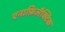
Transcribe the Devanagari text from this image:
एनाफ़िलैक्टिक